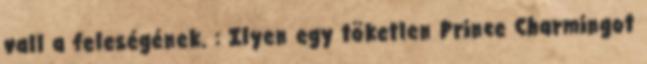
vall a feleségének. : Ilyen egy töketlen Prince Charmingot